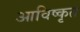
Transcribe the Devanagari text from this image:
आविष्‍कृत